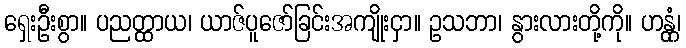
ရှေးဦးစွာ။ ပညတ္ထာယ၊ ယာဇ်ပူဇော်ခြင်းအကျိုးငှာ။ ဥသဘာ၊ နွားလားတို့ကို။ ဟန္တုံ၊